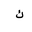
Letter: _kaf